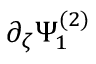
\partial _ { \zeta } \Psi _ { 1 } ^ { ( 2 ) }